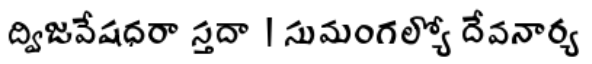
ద్విజవేషధరా స్తదా | సుమంగల్యో దేవనార్య